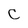
Character: C